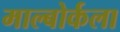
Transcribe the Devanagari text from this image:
माल्बोर्कला